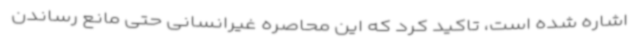
اشاره شده است، تاکید کرد که این محاصره غیرانسانی حتی مانع رساندن